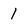
Character: 1